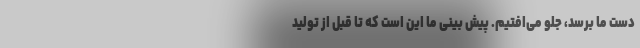
دست ما برسد، جلو می‌افتیم. پیش بینی ما این است که تا قبل از تولید